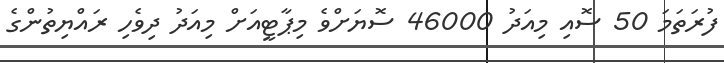
ފުރަތަމަ 50 ސޮއި މިއަދު 46000 ސޮޔަށްވެ މިޕާޓީއަށް މިއަދު ދިވެހި ރައްޔިތުންގެ